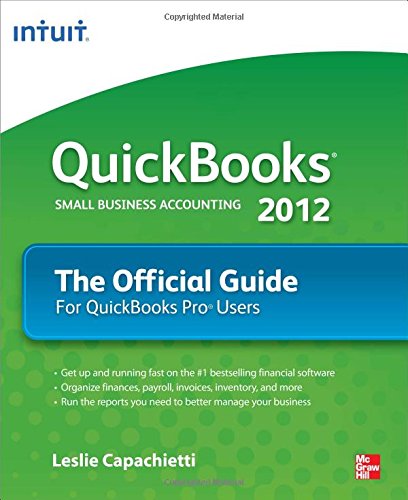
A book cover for QuickBooks 2012 The Official Guide (QuickBooks: The Official Guide); Leslie Capachietti; Computers & Technology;